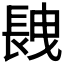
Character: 𨱽